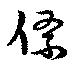
絛